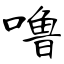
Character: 噜